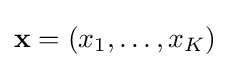
\mathbf {x} =(x_{1},\dots ,x_{K})